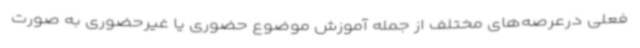
فعلی درعرصه‌های مختلف از جمله آموزش موضوع حضوری یا غیرحضوری به صورت